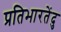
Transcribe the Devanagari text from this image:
प्रतिभारतेंदु